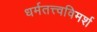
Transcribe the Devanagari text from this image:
धर्मतत्त्वविमर्श